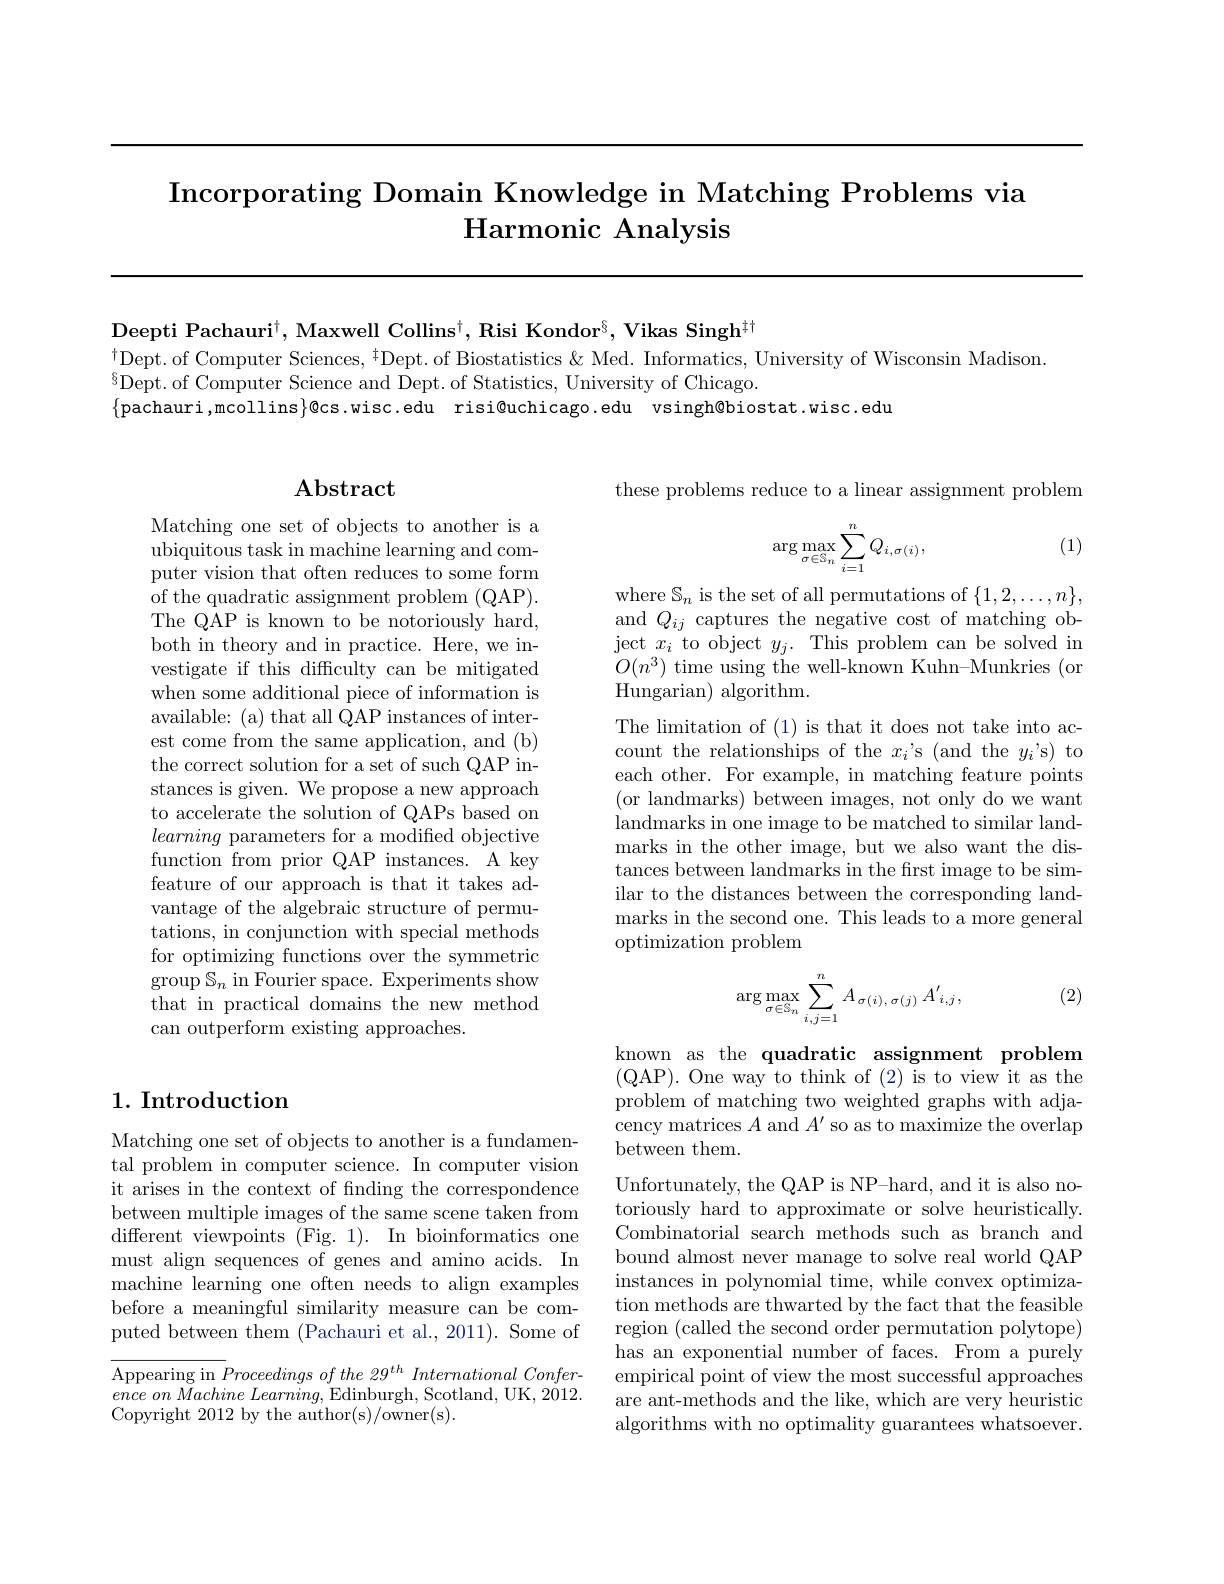
# Incorporating Domain Knowledge in Matching Problems via Harmonic Analysis

$\mathrm{Deepti~Pachauri}^{\dagger}$, Maxwell Collins$^\dagger$, Risi Kondor$^\S$, Vikas Singh$^{\dagger\dagger}$
$^{\dagger }$Dept. of Computer Sciences, $ ^{\dagger }$Dept. of Biostatistics $\&$ Med. Informatics, University of Wisconsin Madison.
${}^{8}{\mathrm{Dept.~of~Computer~Science~and~Dept.~of~Statistics,~University~of~Chicago.}}$
$\{$pachauri,mcollins$\}$@cs.wisc.edu risi@uchicago.edu vsingh@biostat.wisc.edu

## $\mathbf{Abstract}$

Matching one set of objects to another is a ubiquitous task in machine learning and computer vision that often reduces to some form of the quadratic assignment problem (QAP). The QAP is known to be notoriously hard, both in theory and in practice. Here, we investigate if this difficulty can be mitigated when some additional piece of information is available: (a) that all QAP instances of interest come from the same application, and (b) the correct solution for a set of such QAP instances is given. We propose a new approach to accelerate the solution of QAPs based on learning parameters for a modified objective function from prior QAP instances. A key feature of our approach is that it takes advantage of the algebraic structure of permutations, in conjunction with special methods for optimizing functions over the symmetric $\operatorname*{group}\mathbb{S}_n$ in Fourier space. Experiments show that in practical domains the new method can outperform existing approaches.

## 1. Introduction

Matching one set of objects to another is a fundamental problem in computer science. In computer vision it arises in the context of finding the correspondence between multiple images of the same scene taken from different viewpoints (Fig. 1). In bioinformatics one must align sequences of genes and amino acids. In machine learning one often needs to align examples before a meaningful similarity measure can be computed between them (Pachauri et al., 2011). Some of

${\overline{\mathrm{Appearing~in~}}Proceedings~of~the~29^{th~}~International~Confer-}$ ence $on$ Machine $Learning$, Edinburgh, Scotland, UK, 2012. Copyright 2012 by the author(s)/owner(s).

these problems reduce to a linear assignment problem

(1)
$$\arg\max_{\sigma\in\mathbb{S}_n}\sum_{i=1}^nQ_{i,\sigma(i)},$$
where $\mathbb{S}_n$ is the set of all permutations of $\{1,2,\ldots,n\}$, and $Q_{ij}$ captures the negative cost of matching object $x_i$ to object $y_j.$ This problem can be solved in $O(n^{3})$ time using the well-known Kuhn-Munkries (or ${\mathrm{Hungarian)~algorithm.}}$

The limitation of (1) is that it does not take into account the relationships of the $x_i’$s (and the $y_i’$s) to each other. For example, in matching feature points (or landmarks) between images, not only do we want landmarks in one image to be matched to similar landmarks in the other image, but we also want the distances between landmarks in the frst image to be similar to the distances between the corresponding landmarks in the second one. This leads to a more general optimization problem

(2)
$$\arg\max\limits_{\sigma\in\mathbb{S}_n}\sum\limits_{i,j=1}^nA_{\sigma(i),\:\sigma(j)}A'_{i,j},$$
known as the quadratic assignment problem (QAP).One way to think of (2) is to view it as the problem of matching two weighted graphs with adjacency matrices $A$ and $A^\prime$ so as to maximize the overlap between them.

Unfortunately, the QAP is NP-hard, and it is also notoriously hard to approximate or solve heuristically. Combinatorial search methods such as branch and bound almost never manage to solve real world QAP instances in polynomial time, while convex optimization methods are thwarted by the fact that the feasible region (called the second order permutation polytope) has an exponential number of faces. From a purely empirical point of view the most successful approaches are ant-methods and the like, which are very heuristic algorithms with no optimality guarantees whatsoever.